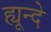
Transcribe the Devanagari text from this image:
ह्यून्दे